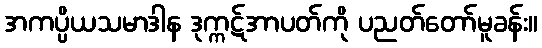
အကပ္ပိယသမာဒါန ဒုက္ကဋ်အာပတ်ကို ပညတ်တော်မူခန်း။